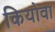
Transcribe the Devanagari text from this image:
कियोवा